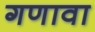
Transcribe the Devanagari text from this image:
गणावा